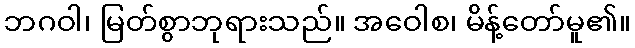
ဘဂဝါ၊ မြတ်စွာဘုရားသည်။ အဝေါစ၊ မိန့်တော်မူ၏။